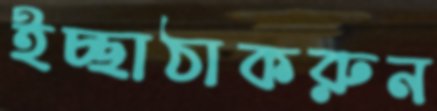
ইচ্ছাঠাকরুন